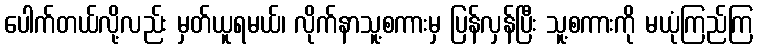
ပေါက်တယ်လို့လည်း မှတ်ယူရမယ်၊ လိုက်နာသူ့စကားမှ ပြန်လှန်ပြီး သူ့စကားကို မယုံကြည်ကြ